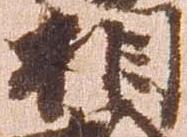
相